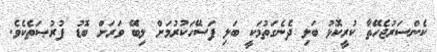
ކެންސަރުޖެހޭތާ ކުރީކޮޅު ބަލި ދެނެގަތުމަކީ ބަލި ފަސޭހަކުރުމަށް ލިބޭ ވަރަށް ބޮޑު ފުރުޞަތެކެވެ.